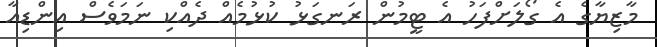
މާޒިޔާގެ އެ ގޯލަށްފަހު އެ ޓީމުން ރަނގަޅު ކުޅުމެއް ދެއްކި ނަމަވެސް އިންޑިއާ